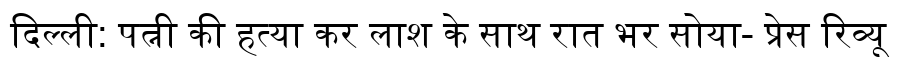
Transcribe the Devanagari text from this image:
दिल्ली: पत्नी की हत्या कर लाश के साथ रात भर सोया- प्रेस रिव्यू